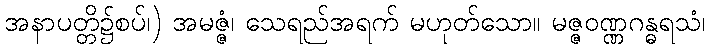
အနာပတ္တိ၌စပ်၊) အမဇ္ဇံ၊ သေရည်အရက် မဟုတ်သော။ မဇ္ဇဝဏ္ဏဂန္ဓရသံ၊